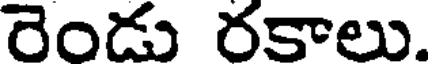
రెండు రకాలు.